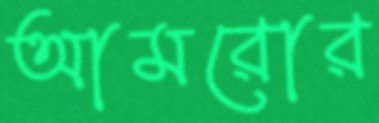
আমরোর